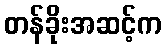
တန်ခိုးအဆင့်က